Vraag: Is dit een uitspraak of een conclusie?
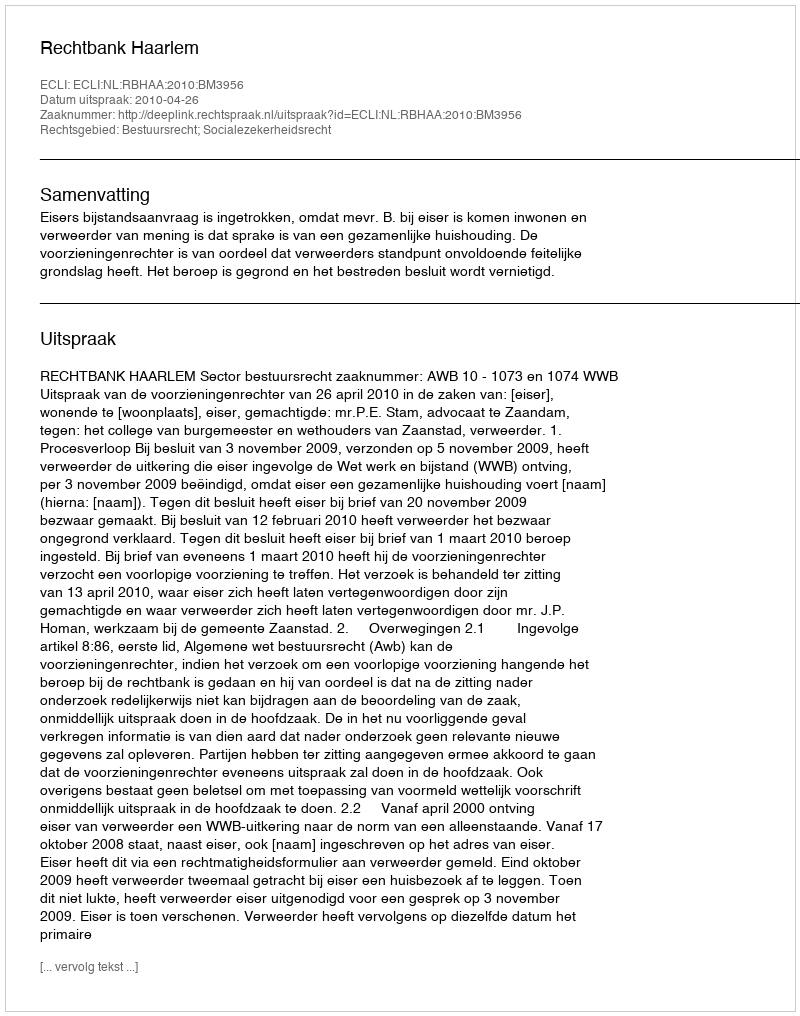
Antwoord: Uitspraak